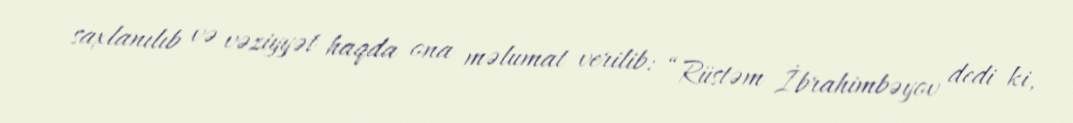
saxlanılıb və vəziyyət haqda ona məlumat verilib: “Rüstəm İbrahimbəyov dedi ki,